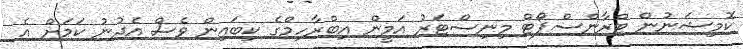
ކޮމިޝަނުން ޓްރާންސްޕޯޓް މިނިސްޓަރު އަމީން އިބްރާހިމްގެ ކިބައިން ވެސް އެދުނު ކަމަށް އެ